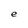
Character: e